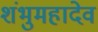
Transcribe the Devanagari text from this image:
शंभुमहादेव